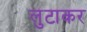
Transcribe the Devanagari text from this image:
लुटाकर